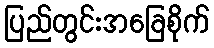
ပြည်တွင်းအခြေစိုက်